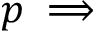
p \implies